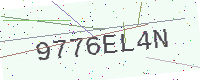
Text: 9776EL4N